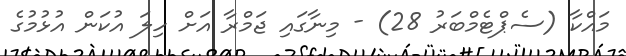
މައްކާ (ސެޕްޓެމްބަރު 28) - މިނާގައި ޖަމްރާ އަށް ހިލަ އުކަން އުޅުމުގެ